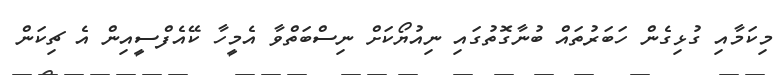
މިކަމާއި ގުޅިގެން ހަބަރުތައް ބުނާގޮތުގައި ނިއުޔޯކަށް ނިސްބަތްވާ އެމީހާ ކޭއެފްސީއިން އެ ޗިކަން